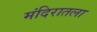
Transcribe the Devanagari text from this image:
मंदिरातला